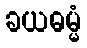
ခယဓမ္မံ